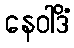
နေဝါဒိံ